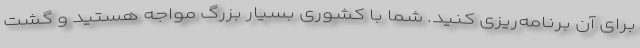
برای آن برنامه‌ریزی کنید. شما با کشوری بسیار بزرگ مواجه هستید و گشت